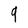
Character: 9